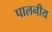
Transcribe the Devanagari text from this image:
पालनीय